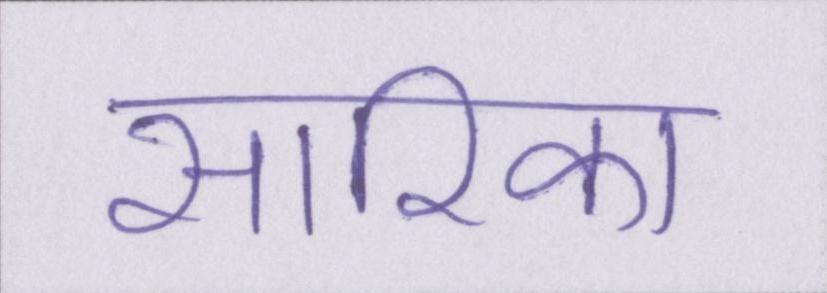
सारिका